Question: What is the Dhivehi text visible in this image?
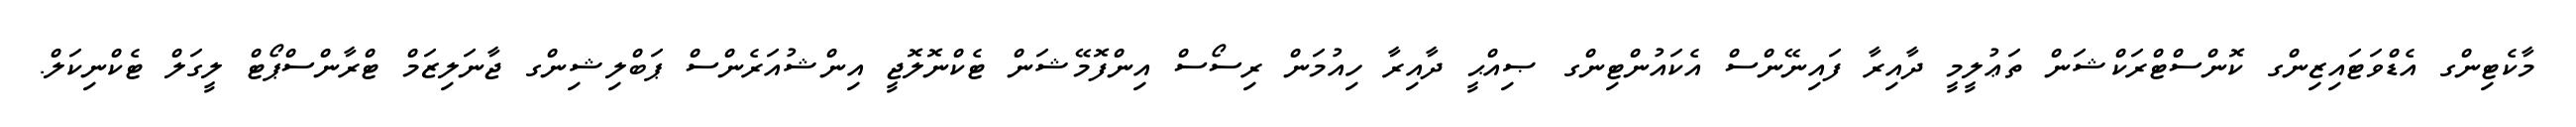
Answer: މާކެޓިންގ އެޑްވަޓައިޒިންގ ކޮންސްޓްރަކްޝަން ތަޢުލީމީ ދާއިރާ ފައިނޭންސް އެކައުންޓިންގ ޞިއްޙީ ދާއިރާ ހިއުމަން ރިސޯސް އިންފޮމޭޝަން ޓެކްނޮލޮޖީ އިންޝުއަރެންސް ޕަބްލިޝިންގ ޖާނަލިޒަމް ޓްރާންސްޕޯޓް ލީގަލް ޓެކްނިކަލް.